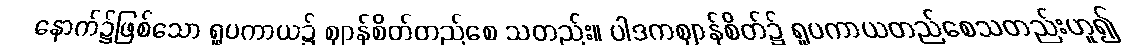
နောက်၌ဖြစ်သော ရူပကာယ၌ ဈာန်စိတ်တည်စေ သတည်း။ ပါဒကဈာန်စိတ်၌ ရူပကာယတည်စေသတည်းဟူ၍